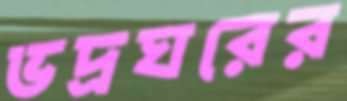
ভদ্রঘরের